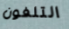
التلفون